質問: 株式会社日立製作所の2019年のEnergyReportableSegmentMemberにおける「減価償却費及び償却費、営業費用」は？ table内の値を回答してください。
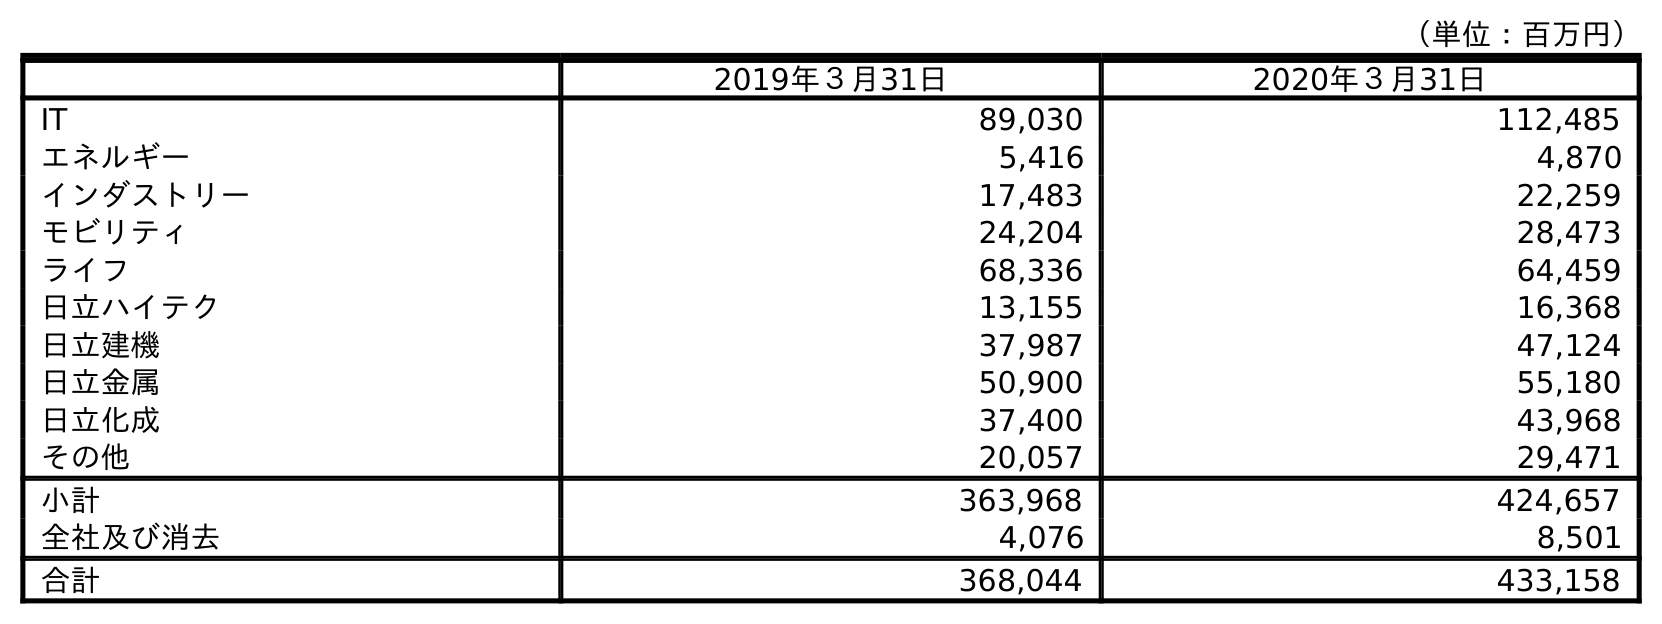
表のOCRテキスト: （単位：百万円） 2019年３月31日 2020年３月31日 IT 89,030 112,485 エネルギー 5,416 4,870 インダストリー 17,483 22,259 モビリティ 24,204 28,473 ライフ 68,336 64,459 日立ハイテク 13,155 16,368 日立建機 37,987 47,124 日立金属 50,900 55,180 日立化成 37,400 43,968 その他 20,057 29,471 小計 363,968 424,657 全社及び消去 4,076 8,501 合計 368,044 433,158
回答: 5,416